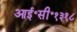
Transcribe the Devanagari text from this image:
आई॰सी॰१३१८